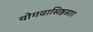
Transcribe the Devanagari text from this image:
योगवासिष्ठसार